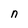
Character: n